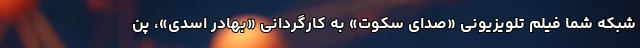
شبکه شما فیلم تلویزیونی «صدای سکوت» به کارگردانی «بهادر اسدی»، پن